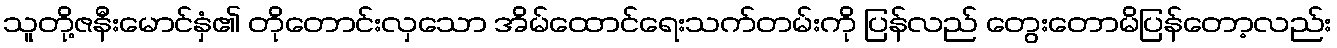
သူတို့ဇနီးမောင်နှံ၏ တိုတောင်းလှသော အိမ်ထောင်ရေးသက်တမ်းကို ပြန်လည် တွေးတောမိပြန်တော့လည်း